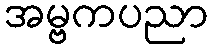
အမ္ဗကပညာ